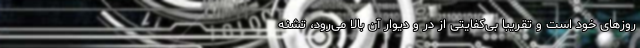
روزهای خود است و تقریبا بی‌کفایتی از در و دیوار آن بالا می‌رود، تشنه